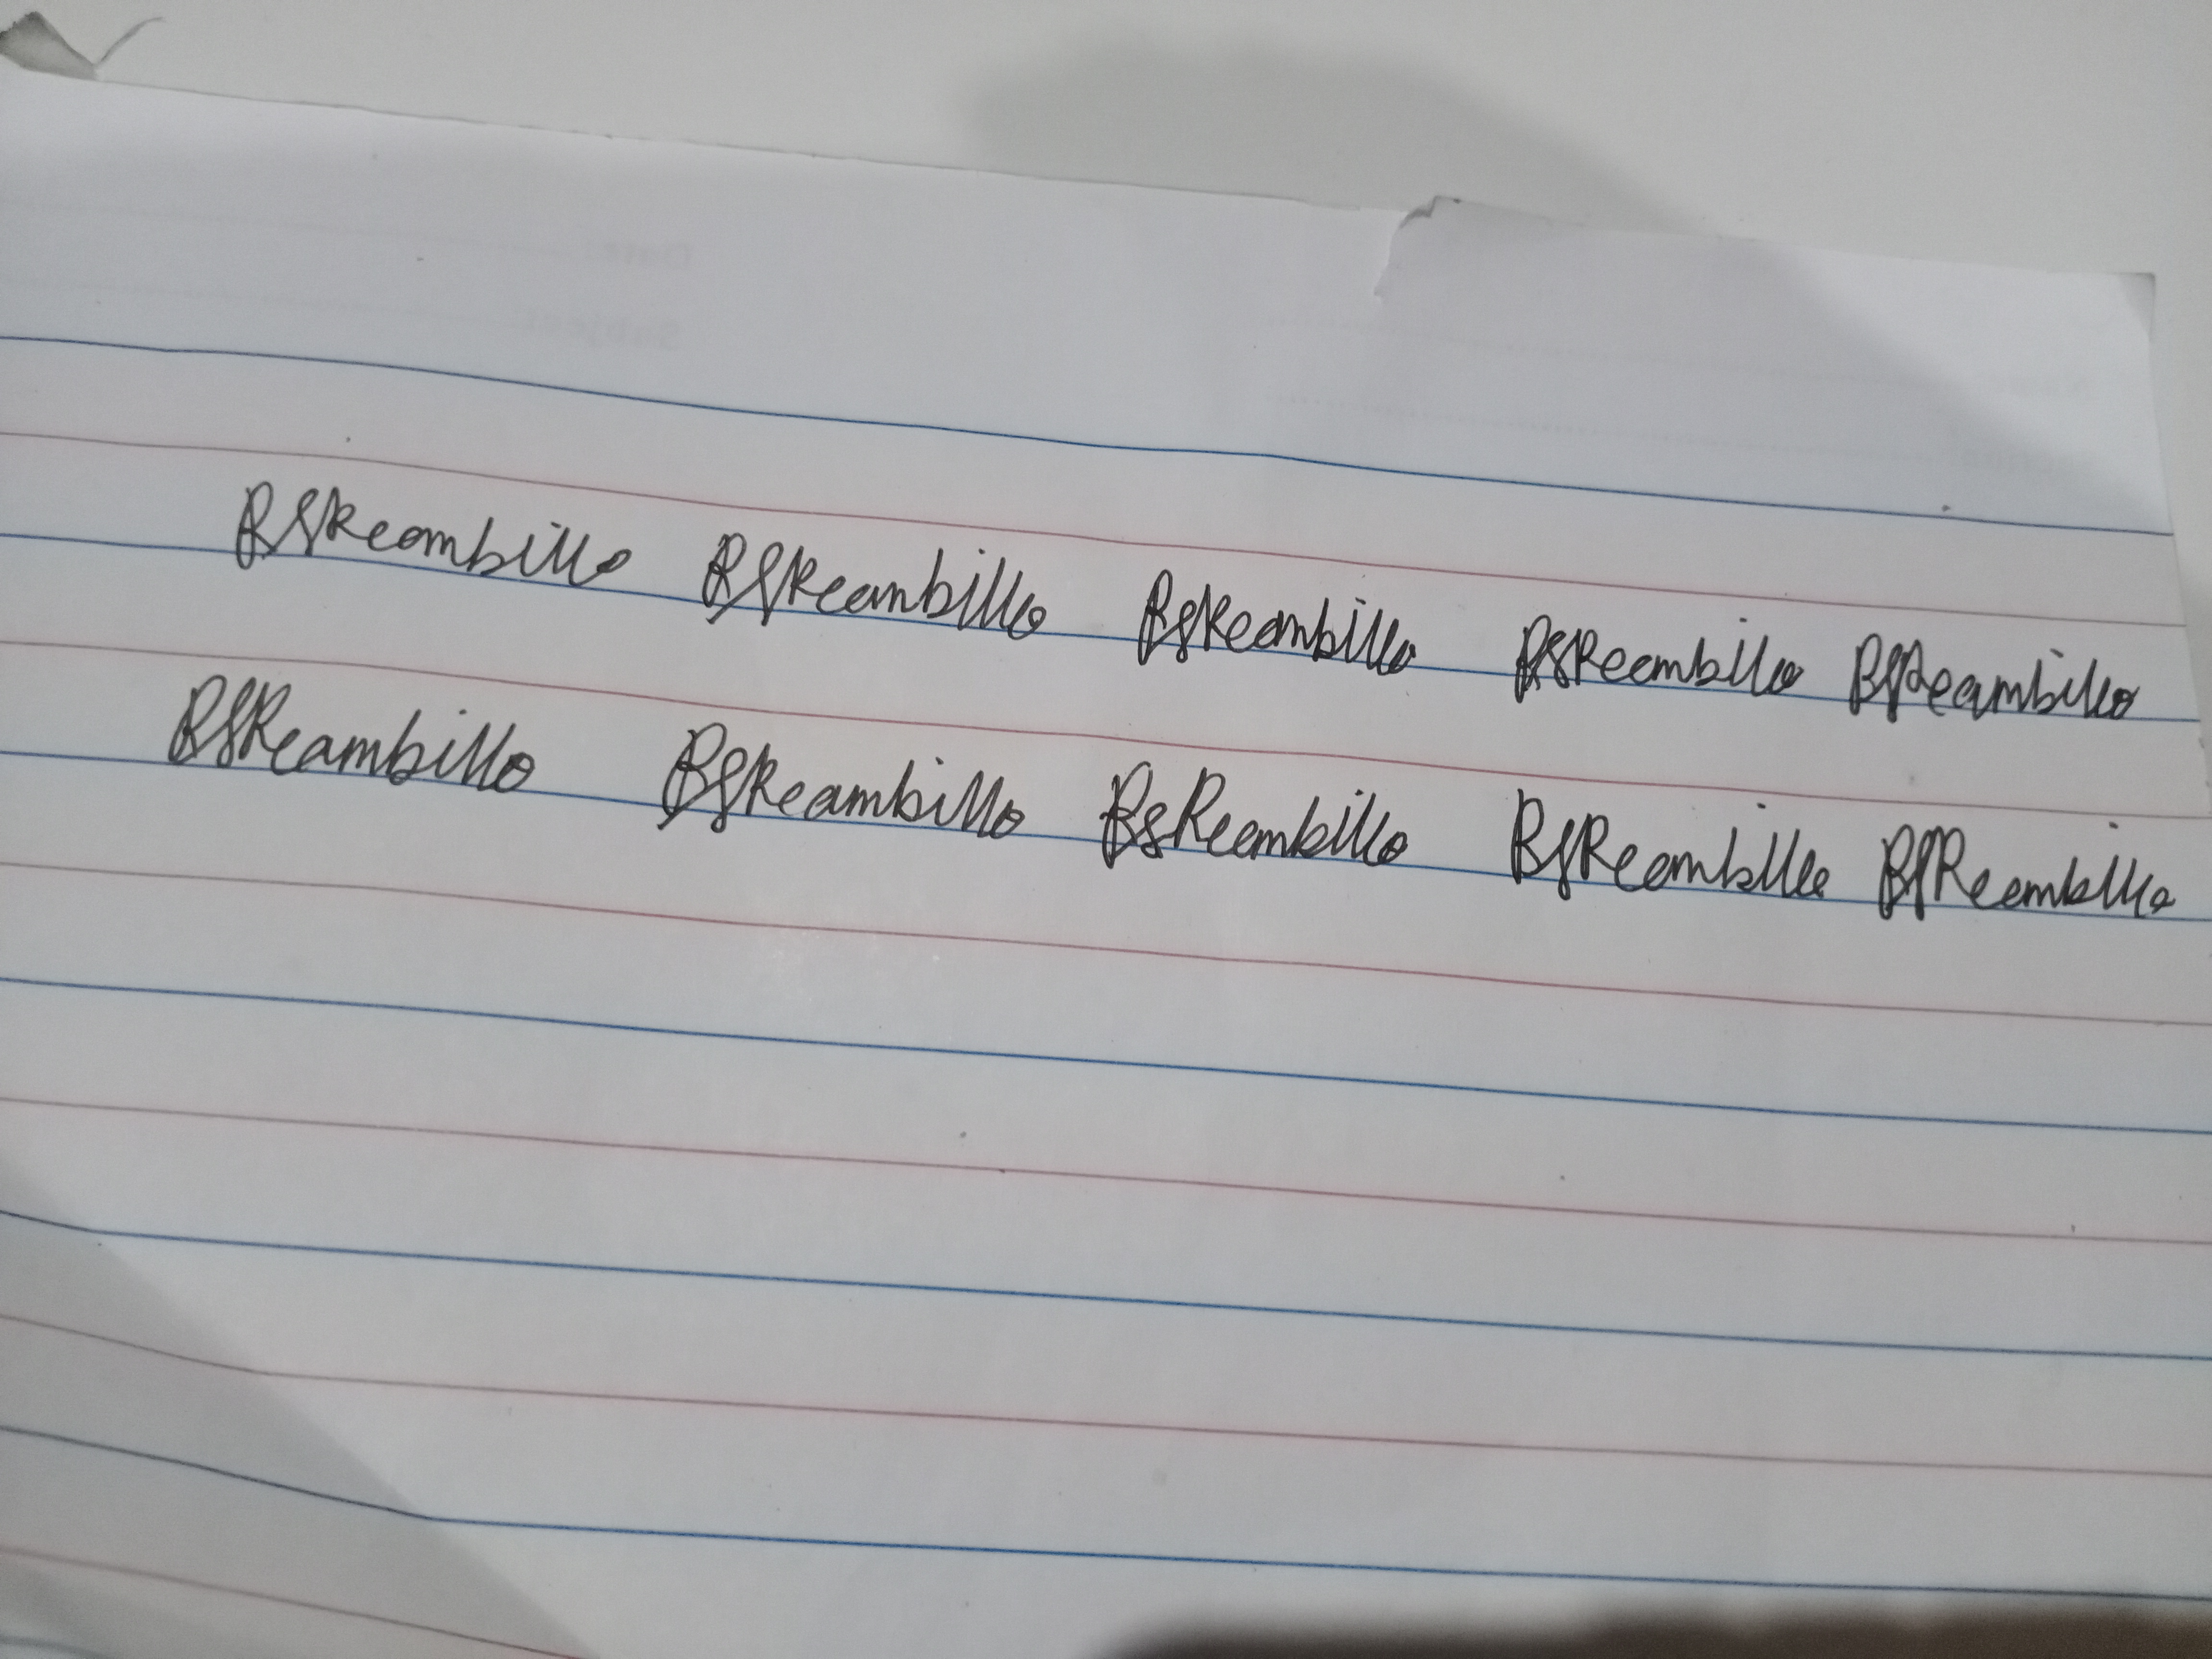
Signature authenticity: genuine